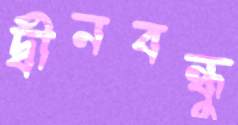
দ্বীনবন্ধু